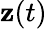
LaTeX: \mathbf{z}(t)